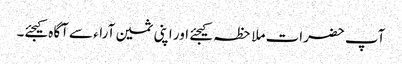
آپ حضرات ملاحظہ کیجئے اور اپنی ثمین آراء سے آگاہ کیجئے۔